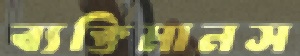
ব্যক্তিমানস